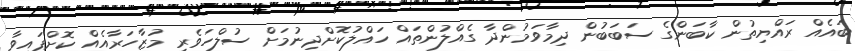
ބައެއް ރައްޔިތުން ކާބަންގެ ސަބަބުން ދިމާވަމުންދާ ގެއްލުންތައް ހައްލުކޮށްދިނުމަށް ސުލްހަވެރި މުޒާހަރާއެއް ކޮށްފައިވާ